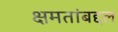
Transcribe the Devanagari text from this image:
क्षमतांबद्दल